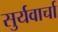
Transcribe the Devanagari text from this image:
सुर्यवार्चा